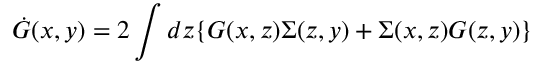
\dot { G } ( x , y ) = 2 \int d z \{ G ( x , z ) \Sigma ( z , y ) + \Sigma ( x , z ) G ( z , y ) \}